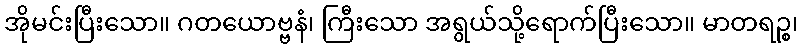
အိုမင်းပြီးသော။ ဂတယောဗ္ဗနံ၊ ကြီးသော အရွယ်သို့ရောက်ပြီးသော။ မာတရဉ္စ၊